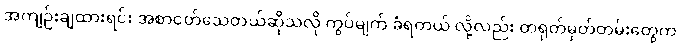
အကျဉ်းချထားရင်း အစာငတ်သေတယ်ဆိုသလို ကွပ်မျက် ခံရတယ် လို့လည်း တရုတ်မှတ်တမ်းတွေက